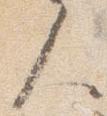
人